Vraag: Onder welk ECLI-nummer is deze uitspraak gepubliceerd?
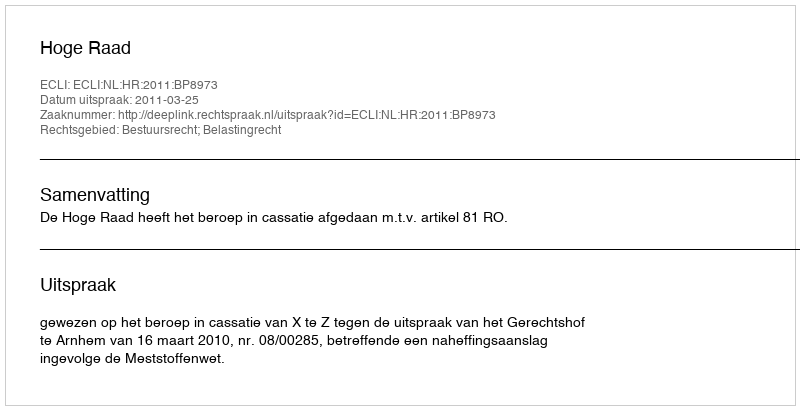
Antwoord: ECLI:NL:HR:2011:BP8973